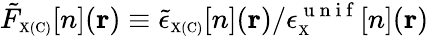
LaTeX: \tilde{F}_{\scriptscriptstyle\mathrm{X(C)}}[n]({\mathbf r})\equiv\tilde{\epsilon}_{\scriptscriptstyle\mathrm{X(C)}}[n]({\mathbf r})/\epsilon_{\scriptscriptstyle\mathrm{X}}^{\mathrm{~u~n~i~f~}}[n]({\mathbf r})